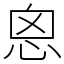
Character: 恖